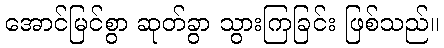
အောင်မြင်စွာ ဆုတ်ခွာ သွားကြခြင်း ဖြစ်သည်။